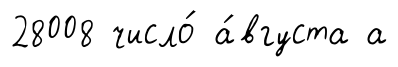
28008 число́ а́вгуста а